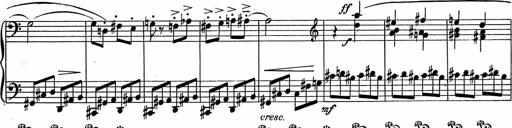
Title: 3Ã¨me Sonatine
Composer: Raffaele d' Alessandro